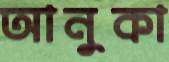
আনুকা